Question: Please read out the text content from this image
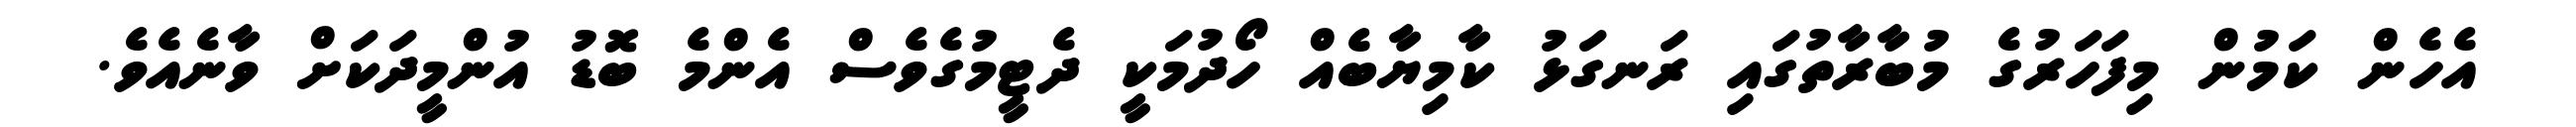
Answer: އެހެން ކަމުން މިފަހަރުގެ މުބާރާތުގައި ރަނގަޅު ކާމިޔާބެއް ހޯދުމަކީ ދެޓީމުގެވެސް އެންމެ ބޮޑު އުންމީދަކަށް ވާނެއެވެ.